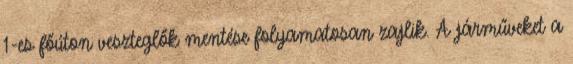
1-es főúton veszteglők mentése folyamatosan zajlik. A járműveket a